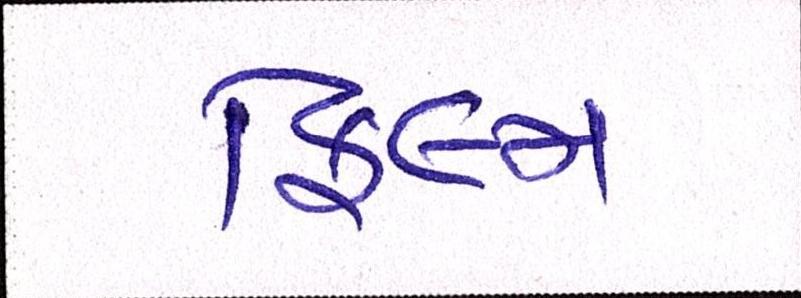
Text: ફિલ્મ